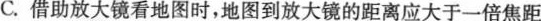
C.借助放大镜看地图时，地图到放大镜的距离应大于一倍焦距